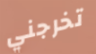
تخرجني